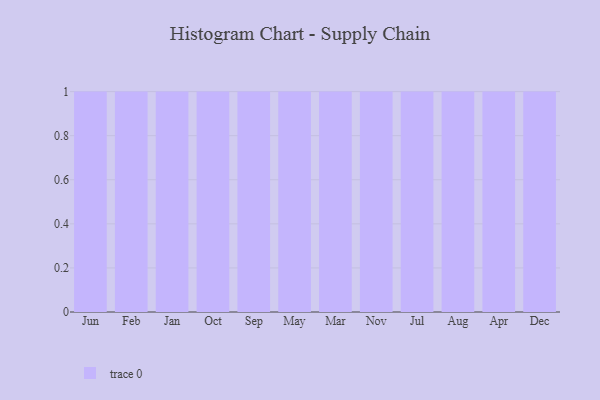
{"axis": {"x": "Month", "y": "Satisfaction Score"}, "legend": [""], "data": [{"x": "Jun", "y": 3, "type": ""}, {"x": "Feb", "y": 4, "type": ""}, {"x": "Jan", "y": 56, "type": ""}, {"x": "Oct", "y": 87, "type": ""}, {"x": "Sep", "y": 28, "type": ""}, {"x": "May", "y": 50, "type": ""}, {"x": "Mar", "y": 42, "type": ""}, {"x": "Nov", "y": 2, "type": ""}, {"x": "Jul", "y": 13, "type": ""}, {"x": "Aug", "y": 74, "type": ""}, {"x": "Apr", "y": 21, "type": ""}, {"x": "Dec", "y": 30, "type": ""}]}